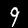
Digit: 9